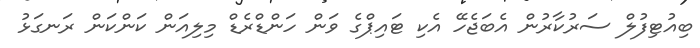
ބިއުޓިފުލް ސަރުކާރުން އެބަޖެހޭ އެކި ޓައިޕްގެ ވަން ހަންޑްރެޑް މިލިއަން ކަންކަން ރަނގަޅު